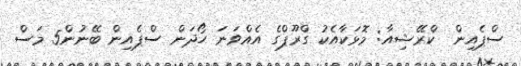
ސްޕެއިން  ކްރޭޝިއާ: މޮޅަކާއެކު ގްރޫޕްގެ އެއްވަނަ ހޯދަން ސްޕެއިން ބޭނުން5 މަސް